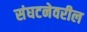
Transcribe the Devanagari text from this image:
संघटनेवरील